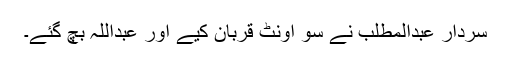
سردار عبدالمطلب نے سو اونٹ قربان کیے اور عبداللہ بچ گئے۔